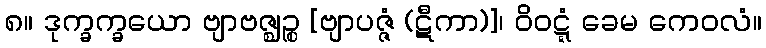
၈။ ဒုက္ခက္ခယော ဗျာဗဇ္ဈဉ္စ [ဗျာပဇ္ဇံ (ဋီကာ)]၊ ဝိဝဋ္ဋံ ခေမ ကေဝလံ။